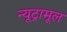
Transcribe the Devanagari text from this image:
न्यूट्रामूल